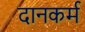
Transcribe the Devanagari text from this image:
दानकर्म